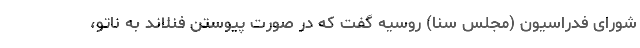
شورای فدراسیون (مجلس سنا) روسیه گفت که در صورت پیوستن فنلاند به ناتو،